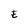
Character: E